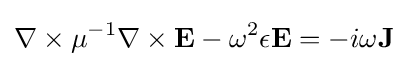
\nabla \times \mu ^{-1}\nabla \times \mathbf {E} -\omega ^{2}\epsilon \mathbf {E} =-i\omega \mathbf {J}